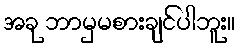
အခု ဘာမှမစားချင်ပါဘူး။